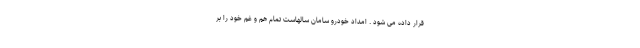
قرار داده می شود . امداد خودرو سامان سالهاست تمام هم و غم خود را بر